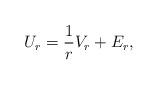
LaTeX: \begin{align*}U_{r} = \frac{1}r V_{r}+ E_r, \end{align*}